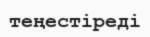
теңестіреді